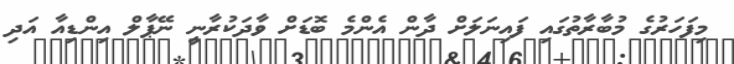
މިފަހަރުގެ މުބާރާތުގައި ފައިނަލަށް ދާން އެންމެ ބޮޑަށް ވާދަކުރާނީ ނޭޕާލް އިންޑިއާ އަދި